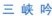
三峡吟